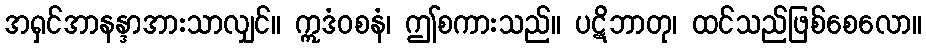
အရှင်အာနန္ဒာအားသာလျှင်။ ဣဒံဝစနံ၊ ဤစကားသည်။ ပဋိဘာတု၊ ထင်သည်ဖြစ်စေလော။